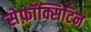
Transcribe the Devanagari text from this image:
सेफ़ॉक्सिटिन